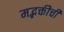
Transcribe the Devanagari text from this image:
मद्भक्तीची